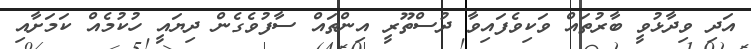
އަދި ވިދާޅުވީ ބާރުތައް ވަކިވެފައިވާ ދުސްތޫރީ އިންތައް ސާފުވެގެން ދިޔައީ ހުކުމެއް ކަމަށާއި